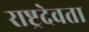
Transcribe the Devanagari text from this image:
राष्ट्रदेवता